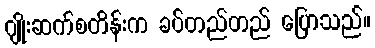
ဂျိုးဆက်စတိန်းက ခပ်တည်တည် ပြောသည်။